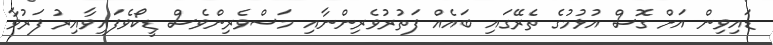
ޑައިވިން އަށް ގޮސް އުޅުމުގެ ތެރޭގައި ބައެއް ފަތުރުވެރިންނާއި މަސްވެރިންވެސް ޑީކޯވެފައިވާއިރު ފަރުވާ